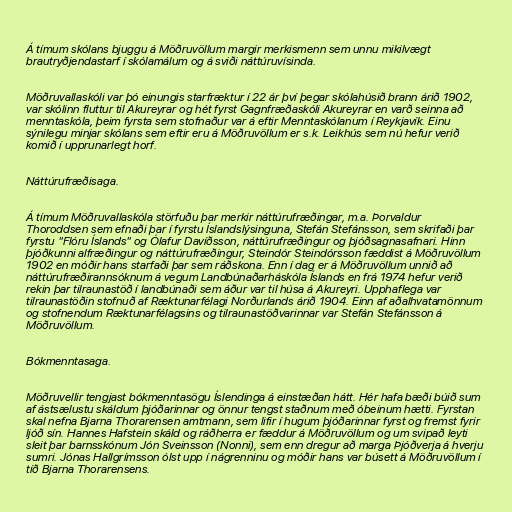
Á tímum skólans bjuggu á Möðruvöllum margir merkismenn sem unnu mikilvægt
brautryðjendastarf í skólamálum og á sviði náttúruvísinda.

Möðruvallaskóli var þó einungis starfræktur í 22 ár því þegar skólahúsið brann árið 1902,
var skólinn fluttur til Akureyrar og hét fyrst Gagnfræðaskóli Akureyrar en varð seinna að
menntaskóla, þeim fyrsta sem stofnaður var á eftir Menntaskólanum í Reykjavík. Einu
sýnilegu minjar skólans sem eftir eru á Möðruvöllum er s.k. Leikhús sem nú hefur verið
komið í upprunarlegt horf.

Náttúrufræðisaga.

Á tímum Möðruvallaskóla störfuðu þar merkir náttúrufræðingar, m.a. Þorvaldur
Thoroddsen sem efnaði þar í fyrstu Íslandslýsinguna, Stefán Stefánsson, sem skrifaði þar
fyrstu "Flóru Íslands" og Ólafur Davíðsson, náttúrufræðingur og þjóðsagnasafnari. Hinn
þjóðkunni alfræðingur og náttúrufræðingur, Steindór Steindórsson fæddist á Möðruvöllum
1902 en móðir hans starfaði þar sem ráðskona. Enn í dag er á Möðruvöllum unnið að
náttúrufræðirannsóknum á vegum Landbúnaðarháskóla Íslands en frá 1974 hefur verið
rekin þar tilraunastöð í landbúnaði sem áður var til húsa á Akureyri. Upphaflega var
tilraunastöðin stofnuð af Ræktunarfélagi Norðurlands árið 1904. Einn af aðalhvatamönnum
og stofnendum Ræktunarfélagsins og tilraunastöðvarinnar var Stefán Stefánsson á
Möðruvöllum.

Bókmenntasaga.

Möðruvellir tengjast bókmenntasögu Íslendinga á einstæðan hátt. Hér hafa bæði búið sum
af ástsælustu skáldum þjóðarinnar og önnur tengst staðnum með óbeinum hætti. Fyrstan
skal nefna Bjarna Thorarensen amtmann, sem lifir í hugum þjóðarinnar fyrst og fremst fyrir
ljóð sín. Hannes Hafstein skáld og ráðherra er fæddur á Möðruvöllum og um svipað leyti
sleit þar barnsskónum Jón Sveinsson (Nonni), sem enn dregur að marga Þjóðverja á hverju
sumri. Jónas Hallgrímsson ólst upp í nágrenninu og móðir hans var búsett á Möðruvöllum í
tíð Bjarna Thorarensens.